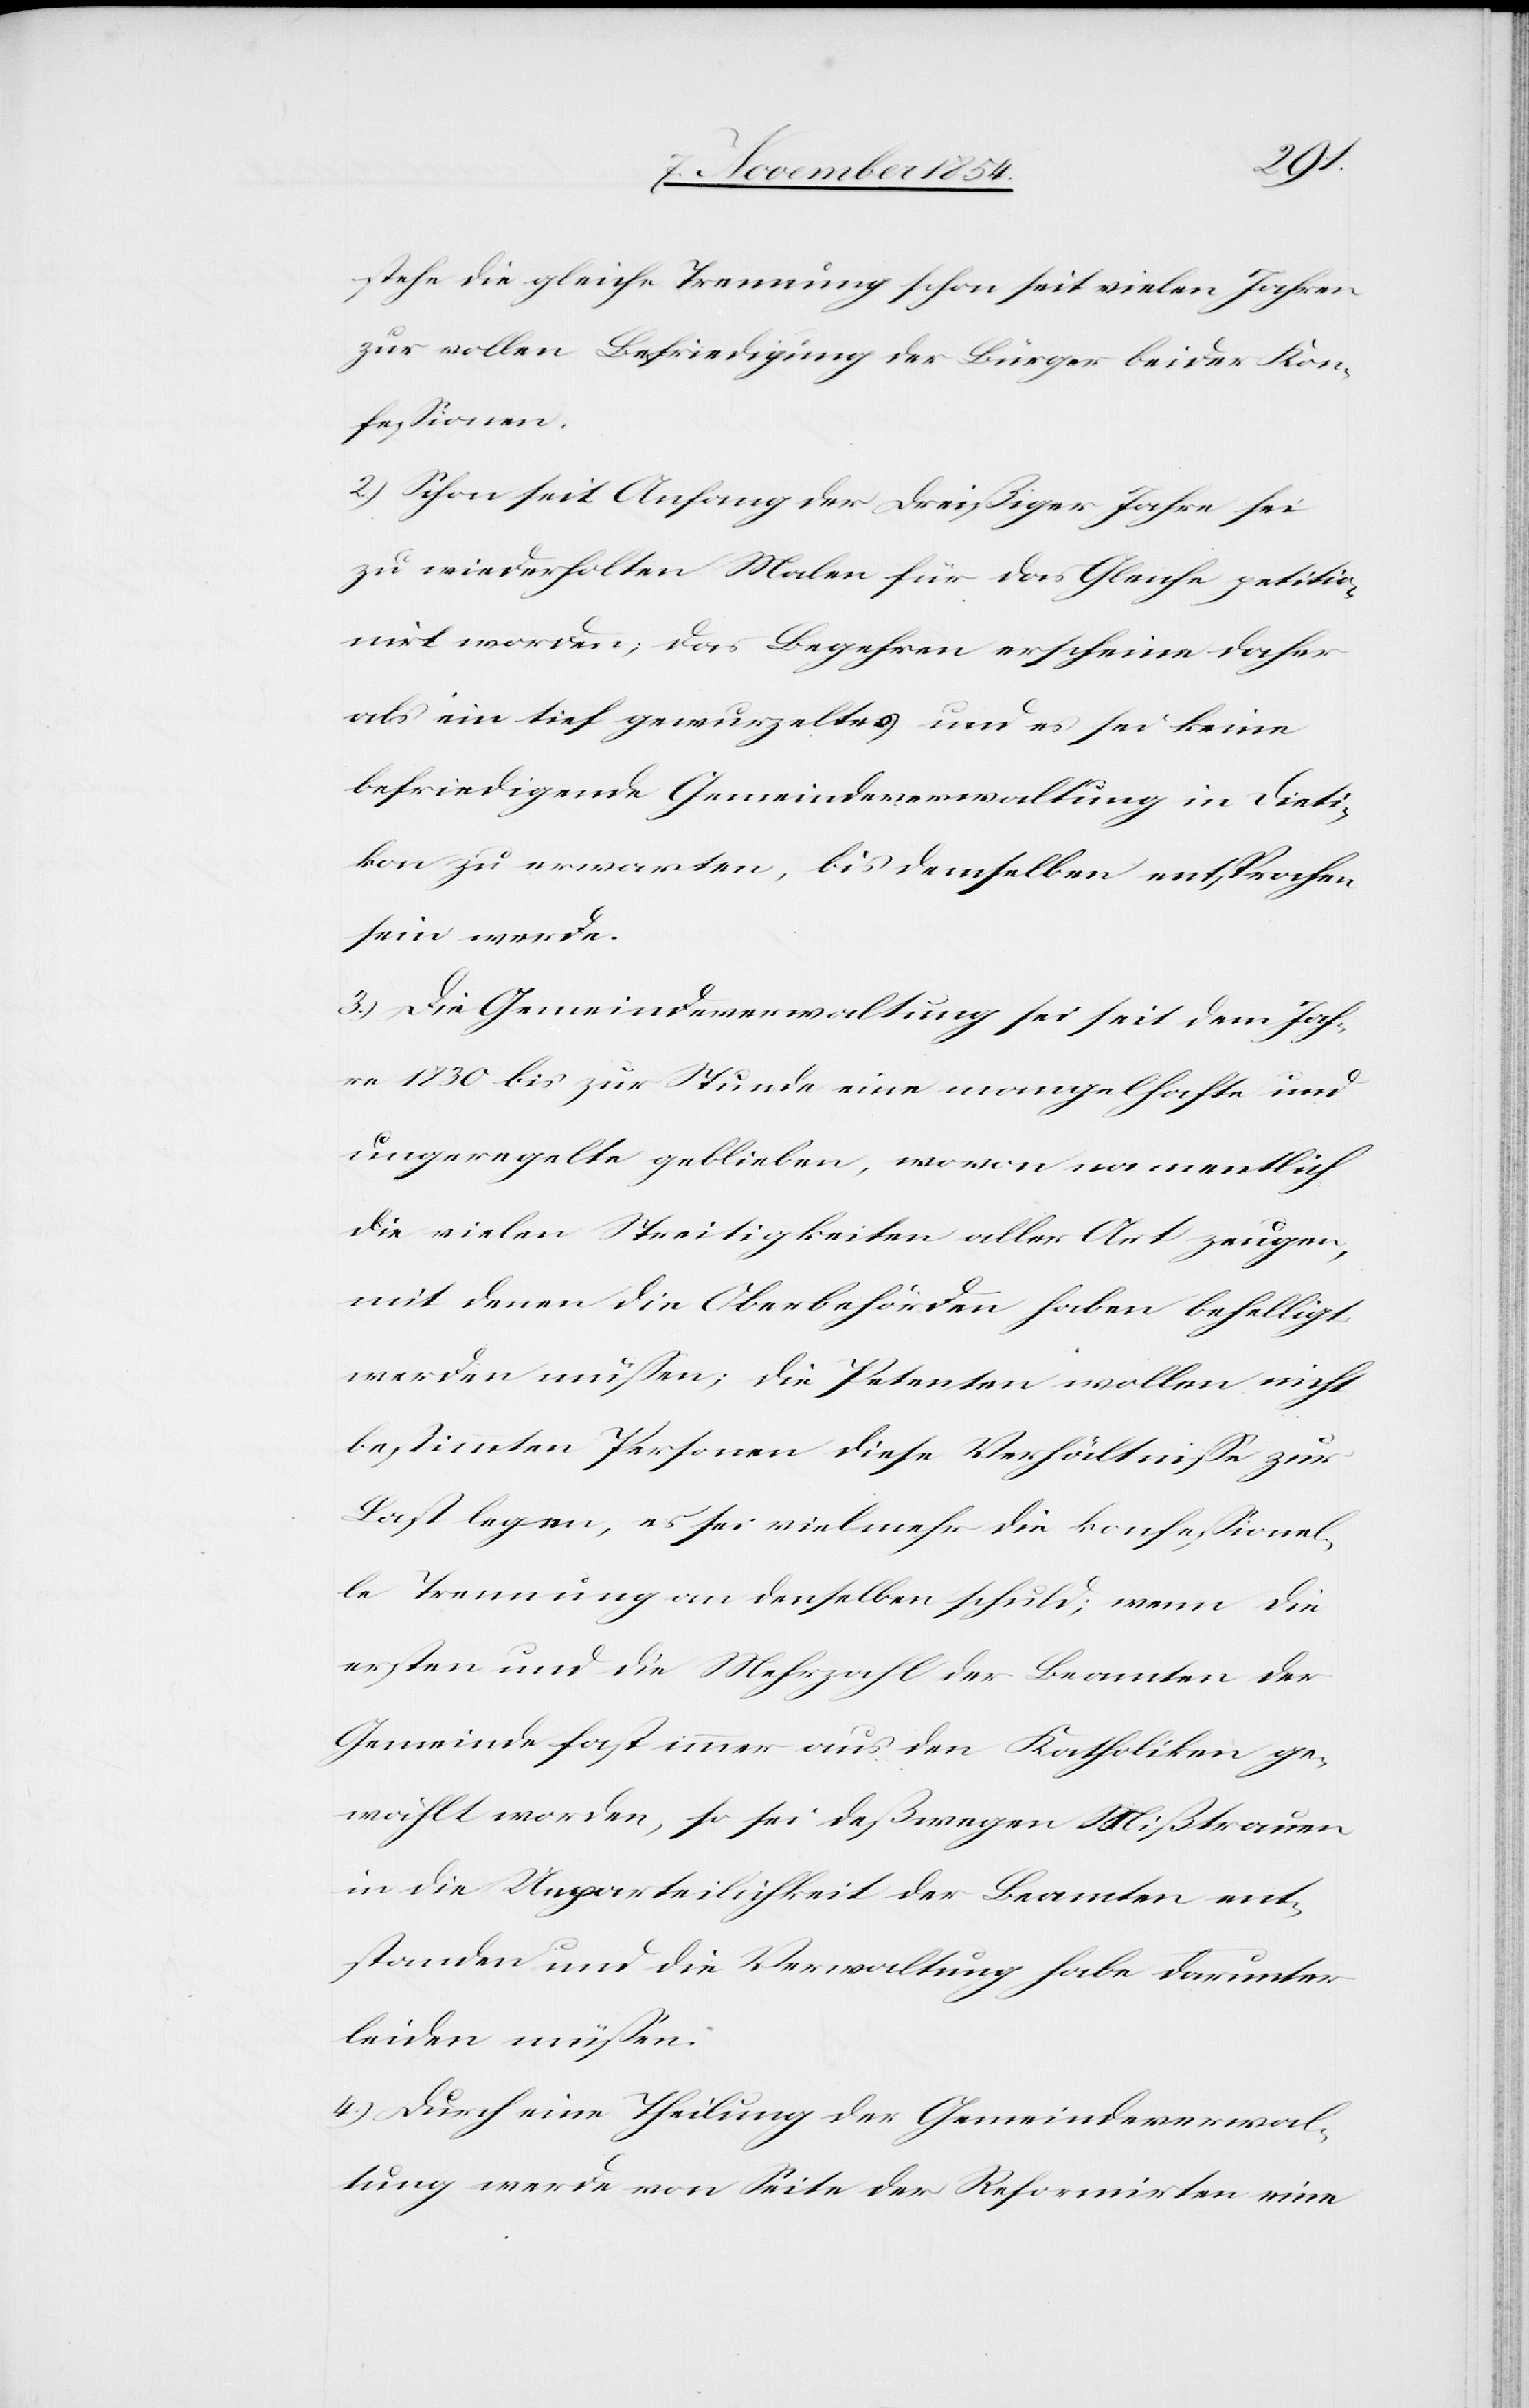
stehe die gleiche Trennung schon seit vielen Jahren
zur vollen Befriedigung der Bürger beider Kon¬
feßionen.
2.) Schon seit Anfang der dreißiger Jahre sei
zu wiederholten Malen für das Gleiche petitio¬
nirt worden; das Begehren erscheine daher
als ein tief gewurzeltes und es sei keine
befriedigende Gemeindeversammlung in Dieti¬
kon zu erwarten, bis demselben entsprochen
sein werde.
3.) Die Gemeindeverwaltung sei seit dem Jah¬
re 1830 bis zur Stunde eine mangelhafte und
ungeregelte geblieben, wovon namentlich
die vielen Streitigkeiten aller Art zeugen,
mit denen die Oberbehörden haben behelligt
werden müßen; die Petenten wollen nicht
bestimmten Personen diese Verhältniße zur
Last legen, es sei vielmehr die konfeßionel¬
le Trennung an denselben schuld; wenn die
ersten und die Mehrzahl der Beamten der
Gemeinde fast immer aus den Katholiken ge¬
wählt worden, so sei deßwegen Mißtrauen
in die Unparteilichkeit der Beamten ent¬
standen und die Verwaltung habe darunter
leiden müßen.
4.) Durch eine Theilung der Gemeindeverwal¬
tung werde von Seite der Reformirten eine